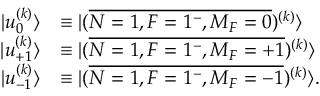
\begin{array} { r l } { | u _ { 0 } ^ { ( k ) } \rangle } & { \equiv | ( \overline { { N = 1 , F = 1 ^ { - } , M _ { F } = 0 } } ) ^ { ( k ) } \rangle } \\ { | u _ { + 1 } ^ { ( k ) } \rangle } & { \equiv | ( \overline { { N = 1 , F = 1 ^ { - } , M _ { F } = + 1 } } ) ^ { ( k ) } \rangle } \\ { | u _ { - 1 } ^ { ( k ) } \rangle } & { \equiv | ( \overline { { N = 1 , F = 1 ^ { - } , M _ { F } = - 1 } } ) ^ { ( k ) } \rangle . } \end{array}